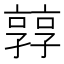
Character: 㝇